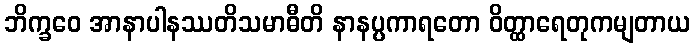
ဘိက္ခဝေ အာနာပါနဿတိသမာဓီတိ နာနပ္ပကာရတော ဝိတ္ထာရေတုကမျတာယ